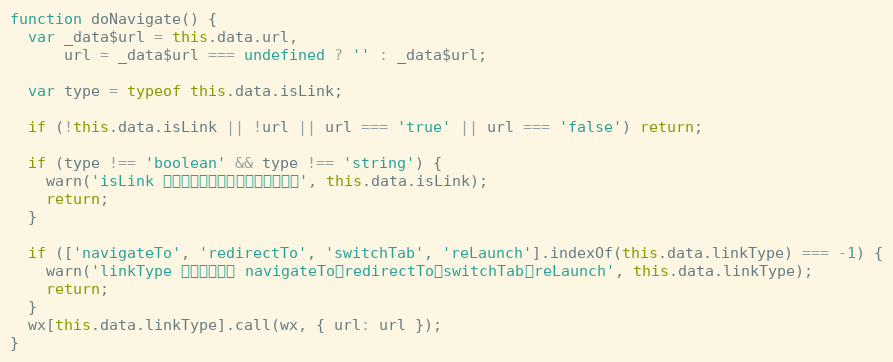
Language: JavaScript
function doNavigate() {
  var _data$url = this.data.url,
      url = _data$url === undefined ? '' : _data$url;

  var type = typeof this.data.isLink;

  if (!this.data.isLink || !url || url === 'true' || url === 'false') return;

  if (type !== 'boolean' && type !== 'string') {
    warn('isLink 属性值必须是一个字符串或布尔值', this.data.isLink);
    return;
  }

  if (['navigateTo', 'redirectTo', 'switchTab', 'reLaunch'].indexOf(this.data.linkType) === -1) {
    warn('linkType 属性可选值为 navigateTo，redirectTo，switchTab，reLaunch', this.data.linkType);
    return;
  }
  wx[this.data.linkType].call(wx, { url: url });
}